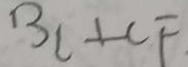
B C \bot C F